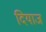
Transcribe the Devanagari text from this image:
दियाज